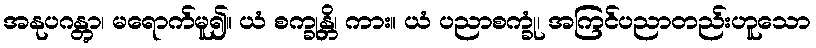
အနုပဂန္တွာ၊ မရောက်မူ၍။ ယံ စက္ခုန္တိ၊ ကား။ ယံ ပညာစက္ခုံ၊ အကြင်ပညာတည်းဟူသော